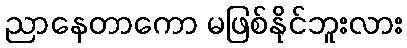
ညာနေတာကော မဖြစ်နိုင်ဘူးလား